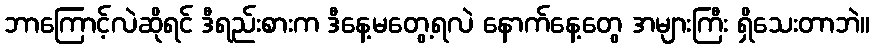
ဘာကြောင့်လဲဆိုရင် ဒီရည်းစားက ဒီနေ့မတွေ့ရလဲ နောက်နေ့တွေ အများကြီး ရှိသေးတာဘဲ။